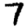
Digit: 7